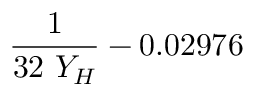
\frac { 1 } { 3 2 \ Y _ { H } } - 0 . 0 2 9 7 6